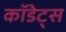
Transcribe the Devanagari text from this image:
कॉडेट्स